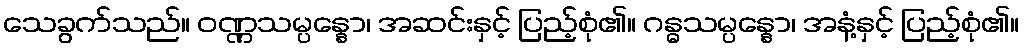
သေခွက်သည်။ ဝဏ္ဏသမ္ပန္နော၊ အဆင်းနှင့် ပြည့်စုံ၏။ ဂန္ဓသမ္ပန္နော၊ အနံ့နှင့် ပြည့်စုံ၏။